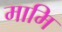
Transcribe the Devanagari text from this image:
मामि